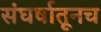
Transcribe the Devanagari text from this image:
संघर्षातूनच